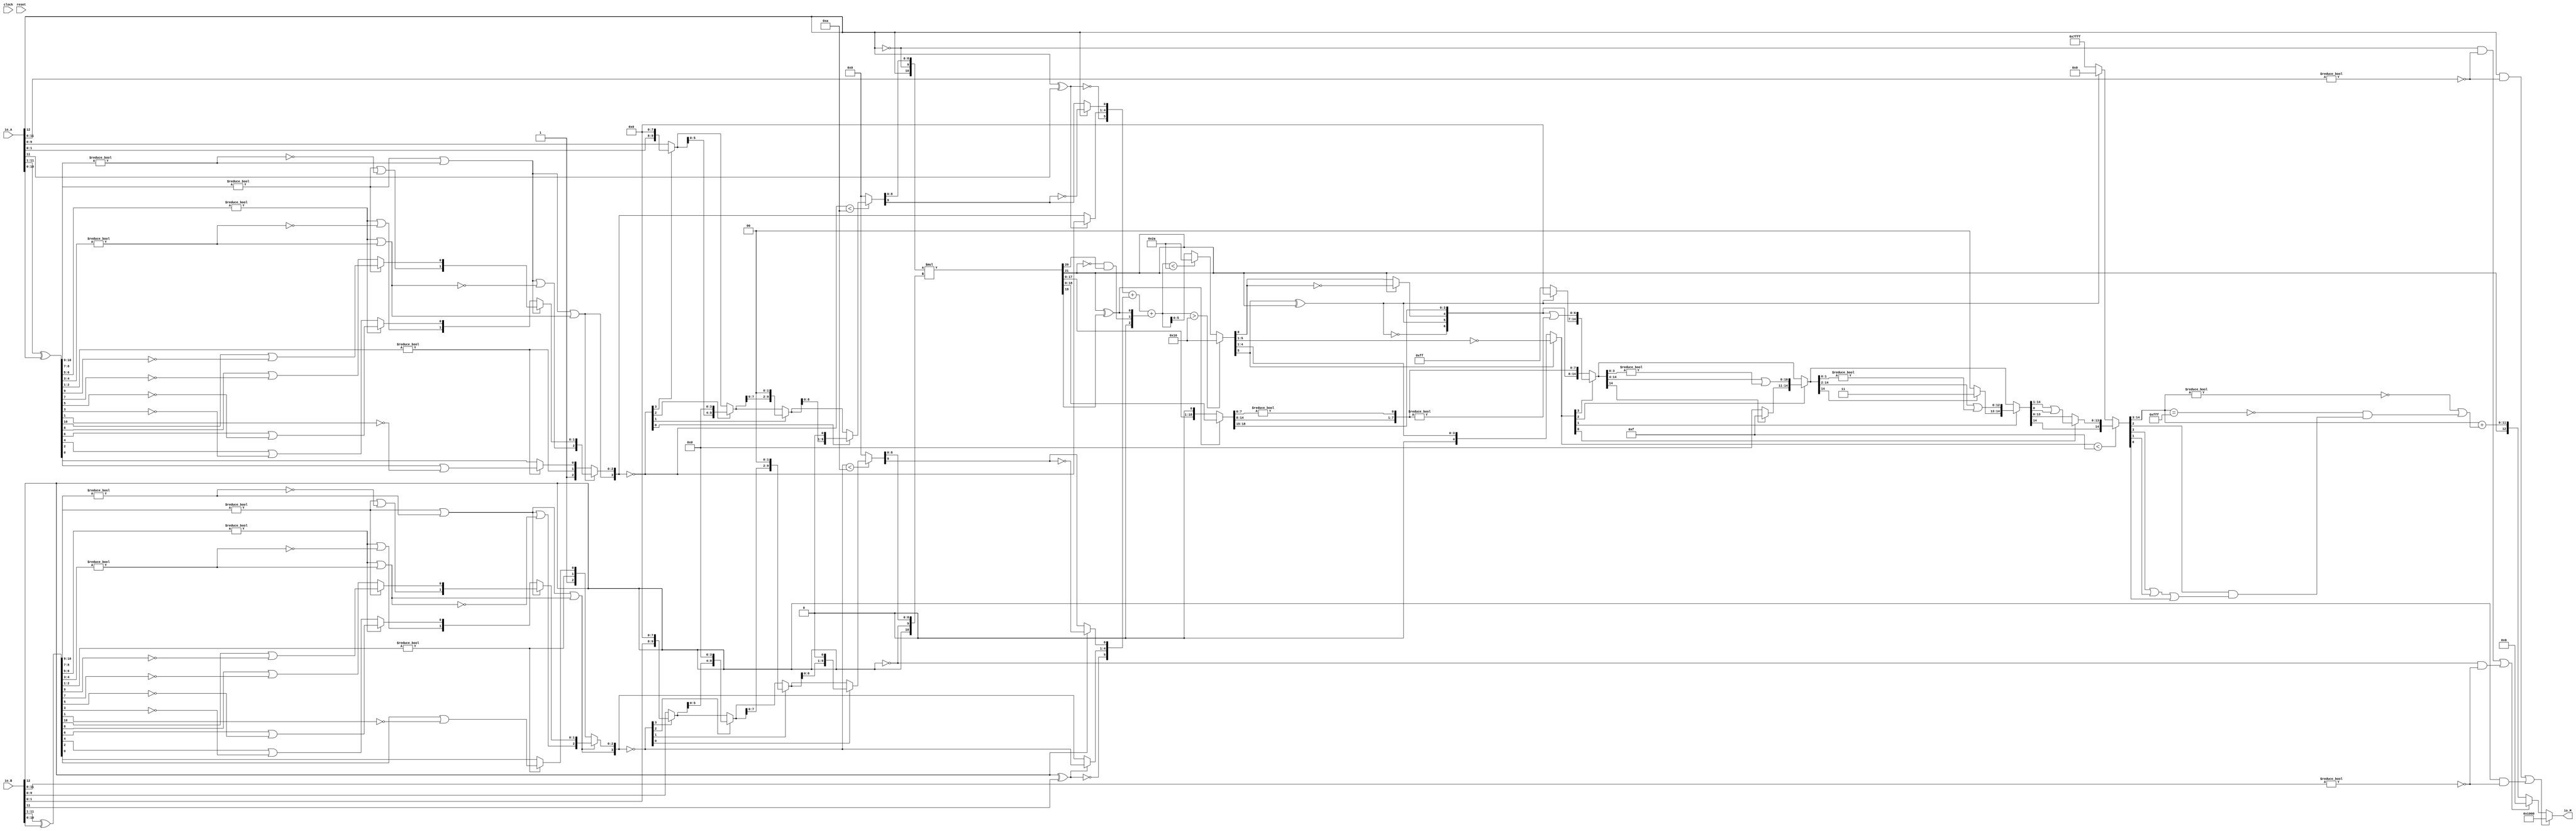
module PositMultiplier13_1(
  input         clock,
  input         reset,
  input  [12:0] io_A,
  input  [12:0] io_B,
  output [12:0] io_M
);
  wire  _T_1; // @[convert.scala 18:24]
  wire  _T_2; // @[convert.scala 18:40]
  wire  _T_3; // @[convert.scala 18:36]
  wire [10:0] _T_4; // @[convert.scala 19:24]
  wire [10:0] _T_5; // @[convert.scala 19:43]
  wire [10:0] _T_6; // @[convert.scala 19:39]
  wire [7:0] _T_7; // @[LZD.scala 43:32]
  wire [3:0] _T_8; // @[LZD.scala 43:32]
  wire [1:0] _T_9; // @[LZD.scala 43:32]
  wire  _T_10; // @[LZD.scala 39:14]
  wire  _T_11; // @[LZD.scala 39:21]
  wire  _T_12; // @[LZD.scala 39:30]
  wire  _T_13; // @[LZD.scala 39:27]
  wire  _T_14; // @[LZD.scala 39:25]
  wire [1:0] _T_15; // @[Cat.scala 29:58]
  wire [1:0] _T_16; // @[LZD.scala 44:32]
  wire  _T_17; // @[LZD.scala 39:14]
  wire  _T_18; // @[LZD.scala 39:21]
  wire  _T_19; // @[LZD.scala 39:30]
  wire  _T_20; // @[LZD.scala 39:27]
  wire  _T_21; // @[LZD.scala 39:25]
  wire [1:0] _T_22; // @[Cat.scala 29:58]
  wire  _T_23; // @[Shift.scala 12:21]
  wire  _T_24; // @[Shift.scala 12:21]
  wire  _T_25; // @[LZD.scala 49:16]
  wire  _T_26; // @[LZD.scala 49:27]
  wire  _T_27; // @[LZD.scala 49:25]
  wire  _T_28; // @[LZD.scala 49:47]
  wire  _T_29; // @[LZD.scala 49:59]
  wire  _T_30; // @[LZD.scala 49:35]
  wire [2:0] _T_32; // @[Cat.scala 29:58]
  wire [3:0] _T_33; // @[LZD.scala 44:32]
  wire [1:0] _T_34; // @[LZD.scala 43:32]
  wire  _T_35; // @[LZD.scala 39:14]
  wire  _T_36; // @[LZD.scala 39:21]
  wire  _T_37; // @[LZD.scala 39:30]
  wire  _T_38; // @[LZD.scala 39:27]
  wire  _T_39; // @[LZD.scala 39:25]
  wire [1:0] _T_40; // @[Cat.scala 29:58]
  wire [1:0] _T_41; // @[LZD.scala 44:32]
  wire  _T_42; // @[LZD.scala 39:14]
  wire  _T_43; // @[LZD.scala 39:21]
  wire  _T_44; // @[LZD.scala 39:30]
  wire  _T_45; // @[LZD.scala 39:27]
  wire  _T_46; // @[LZD.scala 39:25]
  wire [1:0] _T_47; // @[Cat.scala 29:58]
  wire  _T_48; // @[Shift.scala 12:21]
  wire  _T_49; // @[Shift.scala 12:21]
  wire  _T_50; // @[LZD.scala 49:16]
  wire  _T_51; // @[LZD.scala 49:27]
  wire  _T_52; // @[LZD.scala 49:25]
  wire  _T_53; // @[LZD.scala 49:47]
  wire  _T_54; // @[LZD.scala 49:59]
  wire  _T_55; // @[LZD.scala 49:35]
  wire [2:0] _T_57; // @[Cat.scala 29:58]
  wire  _T_58; // @[Shift.scala 12:21]
  wire  _T_59; // @[Shift.scala 12:21]
  wire  _T_60; // @[LZD.scala 49:16]
  wire  _T_61; // @[LZD.scala 49:27]
  wire  _T_62; // @[LZD.scala 49:25]
  wire [1:0] _T_63; // @[LZD.scala 49:47]
  wire [1:0] _T_64; // @[LZD.scala 49:59]
  wire [1:0] _T_65; // @[LZD.scala 49:35]
  wire [3:0] _T_67; // @[Cat.scala 29:58]
  wire [2:0] _T_68; // @[LZD.scala 44:32]
  wire [1:0] _T_69; // @[LZD.scala 43:32]
  wire  _T_70; // @[LZD.scala 39:14]
  wire  _T_71; // @[LZD.scala 39:21]
  wire  _T_72; // @[LZD.scala 39:30]
  wire  _T_73; // @[LZD.scala 39:27]
  wire  _T_74; // @[LZD.scala 39:25]
  wire [1:0] _T_75; // @[Cat.scala 29:58]
  wire  _T_76; // @[LZD.scala 44:32]
  wire  _T_78; // @[Shift.scala 12:21]
  wire  _T_80; // @[LZD.scala 55:32]
  wire  _T_81; // @[LZD.scala 55:20]
  wire  _T_83; // @[Shift.scala 12:21]
  wire [2:0] _T_85; // @[Cat.scala 29:58]
  wire [2:0] _T_86; // @[LZD.scala 55:32]
  wire [2:0] _T_87; // @[LZD.scala 55:20]
  wire [3:0] _T_88; // @[Cat.scala 29:58]
  wire [3:0] _T_89; // @[convert.scala 21:22]
  wire [9:0] _T_90; // @[convert.scala 22:36]
  wire  _T_91; // @[Shift.scala 16:24]
  wire  _T_93; // @[Shift.scala 12:21]
  wire [1:0] _T_94; // @[Shift.scala 64:52]
  wire [9:0] _T_96; // @[Cat.scala 29:58]
  wire [9:0] _T_97; // @[Shift.scala 64:27]
  wire [2:0] _T_98; // @[Shift.scala 66:70]
  wire  _T_99; // @[Shift.scala 12:21]
  wire [5:0] _T_100; // @[Shift.scala 64:52]
  wire [9:0] _T_102; // @[Cat.scala 29:58]
  wire [9:0] _T_103; // @[Shift.scala 64:27]
  wire [1:0] _T_104; // @[Shift.scala 66:70]
  wire  _T_105; // @[Shift.scala 12:21]
  wire [7:0] _T_106; // @[Shift.scala 64:52]
  wire [9:0] _T_108; // @[Cat.scala 29:58]
  wire [9:0] _T_109; // @[Shift.scala 64:27]
  wire  _T_110; // @[Shift.scala 66:70]
  wire [8:0] _T_112; // @[Shift.scala 64:52]
  wire [9:0] _T_113; // @[Cat.scala 29:58]
  wire [9:0] _T_114; // @[Shift.scala 64:27]
  wire [9:0] _T_115; // @[Shift.scala 16:10]
  wire  _T_116; // @[convert.scala 23:34]
  wire [8:0] decA_fraction; // @[convert.scala 24:34]
  wire  _T_118; // @[convert.scala 25:26]
  wire [3:0] _T_120; // @[convert.scala 25:42]
  wire  _T_123; // @[convert.scala 26:67]
  wire  _T_124; // @[convert.scala 26:51]
  wire [5:0] _T_125; // @[Cat.scala 29:58]
  wire [11:0] _T_127; // @[convert.scala 29:56]
  wire  _T_128; // @[convert.scala 29:60]
  wire  _T_129; // @[convert.scala 29:41]
  wire  decA_isNaR; // @[convert.scala 29:39]
  wire  _T_132; // @[convert.scala 30:19]
  wire  decA_isZero; // @[convert.scala 30:41]
  wire [5:0] decA_scale; // @[convert.scala 32:24]
  wire  _T_141; // @[convert.scala 18:24]
  wire  _T_142; // @[convert.scala 18:40]
  wire  _T_143; // @[convert.scala 18:36]
  wire [10:0] _T_144; // @[convert.scala 19:24]
  wire [10:0] _T_145; // @[convert.scala 19:43]
  wire [10:0] _T_146; // @[convert.scala 19:39]
  wire [7:0] _T_147; // @[LZD.scala 43:32]
  wire [3:0] _T_148; // @[LZD.scala 43:32]
  wire [1:0] _T_149; // @[LZD.scala 43:32]
  wire  _T_150; // @[LZD.scala 39:14]
  wire  _T_151; // @[LZD.scala 39:21]
  wire  _T_152; // @[LZD.scala 39:30]
  wire  _T_153; // @[LZD.scala 39:27]
  wire  _T_154; // @[LZD.scala 39:25]
  wire [1:0] _T_155; // @[Cat.scala 29:58]
  wire [1:0] _T_156; // @[LZD.scala 44:32]
  wire  _T_157; // @[LZD.scala 39:14]
  wire  _T_158; // @[LZD.scala 39:21]
  wire  _T_159; // @[LZD.scala 39:30]
  wire  _T_160; // @[LZD.scala 39:27]
  wire  _T_161; // @[LZD.scala 39:25]
  wire [1:0] _T_162; // @[Cat.scala 29:58]
  wire  _T_163; // @[Shift.scala 12:21]
  wire  _T_164; // @[Shift.scala 12:21]
  wire  _T_165; // @[LZD.scala 49:16]
  wire  _T_166; // @[LZD.scala 49:27]
  wire  _T_167; // @[LZD.scala 49:25]
  wire  _T_168; // @[LZD.scala 49:47]
  wire  _T_169; // @[LZD.scala 49:59]
  wire  _T_170; // @[LZD.scala 49:35]
  wire [2:0] _T_172; // @[Cat.scala 29:58]
  wire [3:0] _T_173; // @[LZD.scala 44:32]
  wire [1:0] _T_174; // @[LZD.scala 43:32]
  wire  _T_175; // @[LZD.scala 39:14]
  wire  _T_176; // @[LZD.scala 39:21]
  wire  _T_177; // @[LZD.scala 39:30]
  wire  _T_178; // @[LZD.scala 39:27]
  wire  _T_179; // @[LZD.scala 39:25]
  wire [1:0] _T_180; // @[Cat.scala 29:58]
  wire [1:0] _T_181; // @[LZD.scala 44:32]
  wire  _T_182; // @[LZD.scala 39:14]
  wire  _T_183; // @[LZD.scala 39:21]
  wire  _T_184; // @[LZD.scala 39:30]
  wire  _T_185; // @[LZD.scala 39:27]
  wire  _T_186; // @[LZD.scala 39:25]
  wire [1:0] _T_187; // @[Cat.scala 29:58]
  wire  _T_188; // @[Shift.scala 12:21]
  wire  _T_189; // @[Shift.scala 12:21]
  wire  _T_190; // @[LZD.scala 49:16]
  wire  _T_191; // @[LZD.scala 49:27]
  wire  _T_192; // @[LZD.scala 49:25]
  wire  _T_193; // @[LZD.scala 49:47]
  wire  _T_194; // @[LZD.scala 49:59]
  wire  _T_195; // @[LZD.scala 49:35]
  wire [2:0] _T_197; // @[Cat.scala 29:58]
  wire  _T_198; // @[Shift.scala 12:21]
  wire  _T_199; // @[Shift.scala 12:21]
  wire  _T_200; // @[LZD.scala 49:16]
  wire  _T_201; // @[LZD.scala 49:27]
  wire  _T_202; // @[LZD.scala 49:25]
  wire [1:0] _T_203; // @[LZD.scala 49:47]
  wire [1:0] _T_204; // @[LZD.scala 49:59]
  wire [1:0] _T_205; // @[LZD.scala 49:35]
  wire [3:0] _T_207; // @[Cat.scala 29:58]
  wire [2:0] _T_208; // @[LZD.scala 44:32]
  wire [1:0] _T_209; // @[LZD.scala 43:32]
  wire  _T_210; // @[LZD.scala 39:14]
  wire  _T_211; // @[LZD.scala 39:21]
  wire  _T_212; // @[LZD.scala 39:30]
  wire  _T_213; // @[LZD.scala 39:27]
  wire  _T_214; // @[LZD.scala 39:25]
  wire [1:0] _T_215; // @[Cat.scala 29:58]
  wire  _T_216; // @[LZD.scala 44:32]
  wire  _T_218; // @[Shift.scala 12:21]
  wire  _T_220; // @[LZD.scala 55:32]
  wire  _T_221; // @[LZD.scala 55:20]
  wire  _T_223; // @[Shift.scala 12:21]
  wire [2:0] _T_225; // @[Cat.scala 29:58]
  wire [2:0] _T_226; // @[LZD.scala 55:32]
  wire [2:0] _T_227; // @[LZD.scala 55:20]
  wire [3:0] _T_228; // @[Cat.scala 29:58]
  wire [3:0] _T_229; // @[convert.scala 21:22]
  wire [9:0] _T_230; // @[convert.scala 22:36]
  wire  _T_231; // @[Shift.scala 16:24]
  wire  _T_233; // @[Shift.scala 12:21]
  wire [1:0] _T_234; // @[Shift.scala 64:52]
  wire [9:0] _T_236; // @[Cat.scala 29:58]
  wire [9:0] _T_237; // @[Shift.scala 64:27]
  wire [2:0] _T_238; // @[Shift.scala 66:70]
  wire  _T_239; // @[Shift.scala 12:21]
  wire [5:0] _T_240; // @[Shift.scala 64:52]
  wire [9:0] _T_242; // @[Cat.scala 29:58]
  wire [9:0] _T_243; // @[Shift.scala 64:27]
  wire [1:0] _T_244; // @[Shift.scala 66:70]
  wire  _T_245; // @[Shift.scala 12:21]
  wire [7:0] _T_246; // @[Shift.scala 64:52]
  wire [9:0] _T_248; // @[Cat.scala 29:58]
  wire [9:0] _T_249; // @[Shift.scala 64:27]
  wire  _T_250; // @[Shift.scala 66:70]
  wire [8:0] _T_252; // @[Shift.scala 64:52]
  wire [9:0] _T_253; // @[Cat.scala 29:58]
  wire [9:0] _T_254; // @[Shift.scala 64:27]
  wire [9:0] _T_255; // @[Shift.scala 16:10]
  wire  _T_256; // @[convert.scala 23:34]
  wire [8:0] decB_fraction; // @[convert.scala 24:34]
  wire  _T_258; // @[convert.scala 25:26]
  wire [3:0] _T_260; // @[convert.scala 25:42]
  wire  _T_263; // @[convert.scala 26:67]
  wire  _T_264; // @[convert.scala 26:51]
  wire [5:0] _T_265; // @[Cat.scala 29:58]
  wire [11:0] _T_267; // @[convert.scala 29:56]
  wire  _T_268; // @[convert.scala 29:60]
  wire  _T_269; // @[convert.scala 29:41]
  wire  decB_isNaR; // @[convert.scala 29:39]
  wire  _T_272; // @[convert.scala 30:19]
  wire  decB_isZero; // @[convert.scala 30:41]
  wire [5:0] decB_scale; // @[convert.scala 32:24]
  wire  _T_280; // @[PositMultiplier.scala 43:34]
  wire [10:0] _T_282; // @[Cat.scala 29:58]
  wire [10:0] sigA; // @[PositMultiplier.scala 43:61]
  wire  _T_283; // @[PositMultiplier.scala 44:34]
  wire [10:0] _T_285; // @[Cat.scala 29:58]
  wire [10:0] sigB; // @[PositMultiplier.scala 44:61]
  wire [21:0] _T_286; // @[PositMultiplier.scala 45:25]
  wire [21:0] sigP; // @[PositMultiplier.scala 45:33]
  wire [1:0] head2; // @[PositMultiplier.scala 46:28]
  wire  _T_287; // @[PositMultiplier.scala 47:31]
  wire  _T_288; // @[PositMultiplier.scala 47:25]
  wire  _T_289; // @[PositMultiplier.scala 47:42]
  wire  addTwo; // @[PositMultiplier.scala 47:35]
  wire  _T_290; // @[PositMultiplier.scala 49:23]
  wire  _T_291; // @[PositMultiplier.scala 49:49]
  wire  addOne; // @[PositMultiplier.scala 49:43]
  wire [1:0] _T_292; // @[Cat.scala 29:58]
  wire [2:0] expBias; // @[PositMultiplier.scala 50:39]
  wire [18:0] _T_293; // @[PositMultiplier.scala 53:81]
  wire [17:0] _T_294; // @[PositMultiplier.scala 54:81]
  wire [18:0] _T_295; // @[PositMultiplier.scala 54:104]
  wire [18:0] frac; // @[PositMultiplier.scala 51:22]
  wire [6:0] _T_296; // @[PositMultiplier.scala 56:30]
  wire [6:0] _GEN_0; // @[PositMultiplier.scala 56:44]
  wire [6:0] _T_298; // @[PositMultiplier.scala 56:44]
  wire [6:0] mulScale; // @[PositMultiplier.scala 56:44]
  wire  underflow; // @[PositMultiplier.scala 57:28]
  wire  overflow; // @[PositMultiplier.scala 58:28]
  wire  decM_sign; // @[PositMultiplier.scala 62:29]
  wire [6:0] _T_301; // @[Mux.scala 87:16]
  wire [6:0] _T_302; // @[Mux.scala 87:16]
  wire [8:0] decM_fraction; // @[PositMultiplier.scala 70:29]
  wire  decM_isNaR; // @[PositMultiplier.scala 71:31]
  wire  decM_isZero; // @[PositMultiplier.scala 72:32]
  wire [9:0] grsTmp; // @[PositMultiplier.scala 75:30]
  wire [1:0] _T_306; // @[PositMultiplier.scala 78:32]
  wire [7:0] _T_307; // @[PositMultiplier.scala 78:48]
  wire  _T_308; // @[PositMultiplier.scala 78:52]
  wire [5:0] _GEN_1; // @[PositMultiplier.scala 60:23 PositMultiplier.scala 63:17]
  wire [5:0] decM_scale; // @[PositMultiplier.scala 60:23 PositMultiplier.scala 63:17]
  wire  _T_311; // @[convert.scala 46:61]
  wire  _T_312; // @[convert.scala 46:52]
  wire  _T_314; // @[convert.scala 46:42]
  wire [4:0] _T_315; // @[convert.scala 48:34]
  wire  _T_316; // @[convert.scala 49:36]
  wire [4:0] _T_318; // @[convert.scala 50:36]
  wire [4:0] _T_319; // @[convert.scala 50:36]
  wire [4:0] _T_320; // @[convert.scala 50:28]
  wire  _T_321; // @[convert.scala 51:31]
  wire  _T_322; // @[convert.scala 52:43]
  wire [14:0] _T_326; // @[Cat.scala 29:58]
  wire [4:0] _T_327; // @[Shift.scala 39:17]
  wire  _T_328; // @[Shift.scala 39:24]
  wire [3:0] _T_329; // @[Shift.scala 40:44]
  wire [6:0] _T_330; // @[Shift.scala 90:30]
  wire [7:0] _T_331; // @[Shift.scala 90:48]
  wire  _T_332; // @[Shift.scala 90:57]
  wire [6:0] _GEN_2; // @[Shift.scala 90:39]
  wire [6:0] _T_333; // @[Shift.scala 90:39]
  wire  _T_334; // @[Shift.scala 12:21]
  wire  _T_335; // @[Shift.scala 12:21]
  wire [7:0] _T_337; // @[Bitwise.scala 71:12]
  wire [14:0] _T_338; // @[Cat.scala 29:58]
  wire [14:0] _T_339; // @[Shift.scala 91:22]
  wire [2:0] _T_340; // @[Shift.scala 92:77]
  wire [10:0] _T_341; // @[Shift.scala 90:30]
  wire [3:0] _T_342; // @[Shift.scala 90:48]
  wire  _T_343; // @[Shift.scala 90:57]
  wire [10:0] _GEN_3; // @[Shift.scala 90:39]
  wire [10:0] _T_344; // @[Shift.scala 90:39]
  wire  _T_345; // @[Shift.scala 12:21]
  wire  _T_346; // @[Shift.scala 12:21]
  wire [3:0] _T_348; // @[Bitwise.scala 71:12]
  wire [14:0] _T_349; // @[Cat.scala 29:58]
  wire [14:0] _T_350; // @[Shift.scala 91:22]
  wire [1:0] _T_351; // @[Shift.scala 92:77]
  wire [12:0] _T_352; // @[Shift.scala 90:30]
  wire [1:0] _T_353; // @[Shift.scala 90:48]
  wire  _T_354; // @[Shift.scala 90:57]
  wire [12:0] _GEN_4; // @[Shift.scala 90:39]
  wire [12:0] _T_355; // @[Shift.scala 90:39]
  wire  _T_356; // @[Shift.scala 12:21]
  wire  _T_357; // @[Shift.scala 12:21]
  wire [1:0] _T_359; // @[Bitwise.scala 71:12]
  wire [14:0] _T_360; // @[Cat.scala 29:58]
  wire [14:0] _T_361; // @[Shift.scala 91:22]
  wire  _T_362; // @[Shift.scala 92:77]
  wire [13:0] _T_363; // @[Shift.scala 90:30]
  wire  _T_364; // @[Shift.scala 90:48]
  wire [13:0] _GEN_5; // @[Shift.scala 90:39]
  wire [13:0] _T_366; // @[Shift.scala 90:39]
  wire  _T_368; // @[Shift.scala 12:21]
  wire [14:0] _T_369; // @[Cat.scala 29:58]
  wire [14:0] _T_370; // @[Shift.scala 91:22]
  wire [14:0] _T_373; // @[Bitwise.scala 71:12]
  wire [14:0] _T_374; // @[Shift.scala 39:10]
  wire  _T_375; // @[convert.scala 55:31]
  wire  _T_376; // @[convert.scala 56:31]
  wire  _T_377; // @[convert.scala 57:31]
  wire  _T_378; // @[convert.scala 58:31]
  wire [11:0] _T_379; // @[convert.scala 59:69]
  wire  _T_380; // @[convert.scala 59:81]
  wire  _T_381; // @[convert.scala 59:50]
  wire  _T_383; // @[convert.scala 60:81]
  wire  _T_384; // @[convert.scala 61:44]
  wire  _T_385; // @[convert.scala 61:52]
  wire  _T_386; // @[convert.scala 61:36]
  wire  _T_387; // @[convert.scala 62:63]
  wire  _T_388; // @[convert.scala 62:103]
  wire  _T_389; // @[convert.scala 62:60]
  wire [11:0] _GEN_6; // @[convert.scala 63:56]
  wire [11:0] _T_392; // @[convert.scala 63:56]
  wire [12:0] _T_393; // @[Cat.scala 29:58]
  wire [12:0] _T_395; // @[Mux.scala 87:16]
  assign _T_1 = io_A[12]; // @[convert.scala 18:24]
  assign _T_2 = io_A[11]; // @[convert.scala 18:40]
  assign _T_3 = _T_1 ^ _T_2; // @[convert.scala 18:36]
  assign _T_4 = io_A[11:1]; // @[convert.scala 19:24]
  assign _T_5 = io_A[10:0]; // @[convert.scala 19:43]
  assign _T_6 = _T_4 ^ _T_5; // @[convert.scala 19:39]
  assign _T_7 = _T_6[10:3]; // @[LZD.scala 43:32]
  assign _T_8 = _T_7[7:4]; // @[LZD.scala 43:32]
  assign _T_9 = _T_8[3:2]; // @[LZD.scala 43:32]
  assign _T_10 = _T_9 != 2'h0; // @[LZD.scala 39:14]
  assign _T_11 = _T_9[1]; // @[LZD.scala 39:21]
  assign _T_12 = _T_9[0]; // @[LZD.scala 39:30]
  assign _T_13 = ~ _T_12; // @[LZD.scala 39:27]
  assign _T_14 = _T_11 | _T_13; // @[LZD.scala 39:25]
  assign _T_15 = {_T_10,_T_14}; // @[Cat.scala 29:58]
  assign _T_16 = _T_8[1:0]; // @[LZD.scala 44:32]
  assign _T_17 = _T_16 != 2'h0; // @[LZD.scala 39:14]
  assign _T_18 = _T_16[1]; // @[LZD.scala 39:21]
  assign _T_19 = _T_16[0]; // @[LZD.scala 39:30]
  assign _T_20 = ~ _T_19; // @[LZD.scala 39:27]
  assign _T_21 = _T_18 | _T_20; // @[LZD.scala 39:25]
  assign _T_22 = {_T_17,_T_21}; // @[Cat.scala 29:58]
  assign _T_23 = _T_15[1]; // @[Shift.scala 12:21]
  assign _T_24 = _T_22[1]; // @[Shift.scala 12:21]
  assign _T_25 = _T_23 | _T_24; // @[LZD.scala 49:16]
  assign _T_26 = ~ _T_24; // @[LZD.scala 49:27]
  assign _T_27 = _T_23 | _T_26; // @[LZD.scala 49:25]
  assign _T_28 = _T_15[0:0]; // @[LZD.scala 49:47]
  assign _T_29 = _T_22[0:0]; // @[LZD.scala 49:59]
  assign _T_30 = _T_23 ? _T_28 : _T_29; // @[LZD.scala 49:35]
  assign _T_32 = {_T_25,_T_27,_T_30}; // @[Cat.scala 29:58]
  assign _T_33 = _T_7[3:0]; // @[LZD.scala 44:32]
  assign _T_34 = _T_33[3:2]; // @[LZD.scala 43:32]
  assign _T_35 = _T_34 != 2'h0; // @[LZD.scala 39:14]
  assign _T_36 = _T_34[1]; // @[LZD.scala 39:21]
  assign _T_37 = _T_34[0]; // @[LZD.scala 39:30]
  assign _T_38 = ~ _T_37; // @[LZD.scala 39:27]
  assign _T_39 = _T_36 | _T_38; // @[LZD.scala 39:25]
  assign _T_40 = {_T_35,_T_39}; // @[Cat.scala 29:58]
  assign _T_41 = _T_33[1:0]; // @[LZD.scala 44:32]
  assign _T_42 = _T_41 != 2'h0; // @[LZD.scala 39:14]
  assign _T_43 = _T_41[1]; // @[LZD.scala 39:21]
  assign _T_44 = _T_41[0]; // @[LZD.scala 39:30]
  assign _T_45 = ~ _T_44; // @[LZD.scala 39:27]
  assign _T_46 = _T_43 | _T_45; // @[LZD.scala 39:25]
  assign _T_47 = {_T_42,_T_46}; // @[Cat.scala 29:58]
  assign _T_48 = _T_40[1]; // @[Shift.scala 12:21]
  assign _T_49 = _T_47[1]; // @[Shift.scala 12:21]
  assign _T_50 = _T_48 | _T_49; // @[LZD.scala 49:16]
  assign _T_51 = ~ _T_49; // @[LZD.scala 49:27]
  assign _T_52 = _T_48 | _T_51; // @[LZD.scala 49:25]
  assign _T_53 = _T_40[0:0]; // @[LZD.scala 49:47]
  assign _T_54 = _T_47[0:0]; // @[LZD.scala 49:59]
  assign _T_55 = _T_48 ? _T_53 : _T_54; // @[LZD.scala 49:35]
  assign _T_57 = {_T_50,_T_52,_T_55}; // @[Cat.scala 29:58]
  assign _T_58 = _T_32[2]; // @[Shift.scala 12:21]
  assign _T_59 = _T_57[2]; // @[Shift.scala 12:21]
  assign _T_60 = _T_58 | _T_59; // @[LZD.scala 49:16]
  assign _T_61 = ~ _T_59; // @[LZD.scala 49:27]
  assign _T_62 = _T_58 | _T_61; // @[LZD.scala 49:25]
  assign _T_63 = _T_32[1:0]; // @[LZD.scala 49:47]
  assign _T_64 = _T_57[1:0]; // @[LZD.scala 49:59]
  assign _T_65 = _T_58 ? _T_63 : _T_64; // @[LZD.scala 49:35]
  assign _T_67 = {_T_60,_T_62,_T_65}; // @[Cat.scala 29:58]
  assign _T_68 = _T_6[2:0]; // @[LZD.scala 44:32]
  assign _T_69 = _T_68[2:1]; // @[LZD.scala 43:32]
  assign _T_70 = _T_69 != 2'h0; // @[LZD.scala 39:14]
  assign _T_71 = _T_69[1]; // @[LZD.scala 39:21]
  assign _T_72 = _T_69[0]; // @[LZD.scala 39:30]
  assign _T_73 = ~ _T_72; // @[LZD.scala 39:27]
  assign _T_74 = _T_71 | _T_73; // @[LZD.scala 39:25]
  assign _T_75 = {_T_70,_T_74}; // @[Cat.scala 29:58]
  assign _T_76 = _T_68[0:0]; // @[LZD.scala 44:32]
  assign _T_78 = _T_75[1]; // @[Shift.scala 12:21]
  assign _T_80 = _T_75[0:0]; // @[LZD.scala 55:32]
  assign _T_81 = _T_78 ? _T_80 : _T_76; // @[LZD.scala 55:20]
  assign _T_83 = _T_67[3]; // @[Shift.scala 12:21]
  assign _T_85 = {1'h1,_T_78,_T_81}; // @[Cat.scala 29:58]
  assign _T_86 = _T_67[2:0]; // @[LZD.scala 55:32]
  assign _T_87 = _T_83 ? _T_86 : _T_85; // @[LZD.scala 55:20]
  assign _T_88 = {_T_83,_T_87}; // @[Cat.scala 29:58]
  assign _T_89 = ~ _T_88; // @[convert.scala 21:22]
  assign _T_90 = io_A[9:0]; // @[convert.scala 22:36]
  assign _T_91 = _T_89 < 4'ha; // @[Shift.scala 16:24]
  assign _T_93 = _T_89[3]; // @[Shift.scala 12:21]
  assign _T_94 = _T_90[1:0]; // @[Shift.scala 64:52]
  assign _T_96 = {_T_94,8'h0}; // @[Cat.scala 29:58]
  assign _T_97 = _T_93 ? _T_96 : _T_90; // @[Shift.scala 64:27]
  assign _T_98 = _T_89[2:0]; // @[Shift.scala 66:70]
  assign _T_99 = _T_98[2]; // @[Shift.scala 12:21]
  assign _T_100 = _T_97[5:0]; // @[Shift.scala 64:52]
  assign _T_102 = {_T_100,4'h0}; // @[Cat.scala 29:58]
  assign _T_103 = _T_99 ? _T_102 : _T_97; // @[Shift.scala 64:27]
  assign _T_104 = _T_98[1:0]; // @[Shift.scala 66:70]
  assign _T_105 = _T_104[1]; // @[Shift.scala 12:21]
  assign _T_106 = _T_103[7:0]; // @[Shift.scala 64:52]
  assign _T_108 = {_T_106,2'h0}; // @[Cat.scala 29:58]
  assign _T_109 = _T_105 ? _T_108 : _T_103; // @[Shift.scala 64:27]
  assign _T_110 = _T_104[0:0]; // @[Shift.scala 66:70]
  assign _T_112 = _T_109[8:0]; // @[Shift.scala 64:52]
  assign _T_113 = {_T_112,1'h0}; // @[Cat.scala 29:58]
  assign _T_114 = _T_110 ? _T_113 : _T_109; // @[Shift.scala 64:27]
  assign _T_115 = _T_91 ? _T_114 : 10'h0; // @[Shift.scala 16:10]
  assign _T_116 = _T_115[9:9]; // @[convert.scala 23:34]
  assign decA_fraction = _T_115[8:0]; // @[convert.scala 24:34]
  assign _T_118 = _T_3 == 1'h0; // @[convert.scala 25:26]
  assign _T_120 = _T_3 ? _T_89 : _T_88; // @[convert.scala 25:42]
  assign _T_123 = ~ _T_116; // @[convert.scala 26:67]
  assign _T_124 = _T_1 ? _T_123 : _T_116; // @[convert.scala 26:51]
  assign _T_125 = {_T_118,_T_120,_T_124}; // @[Cat.scala 29:58]
  assign _T_127 = io_A[11:0]; // @[convert.scala 29:56]
  assign _T_128 = _T_127 != 12'h0; // @[convert.scala 29:60]
  assign _T_129 = ~ _T_128; // @[convert.scala 29:41]
  assign decA_isNaR = _T_1 & _T_129; // @[convert.scala 29:39]
  assign _T_132 = _T_1 == 1'h0; // @[convert.scala 30:19]
  assign decA_isZero = _T_132 & _T_129; // @[convert.scala 30:41]
  assign decA_scale = $signed(_T_125); // @[convert.scala 32:24]
  assign _T_141 = io_B[12]; // @[convert.scala 18:24]
  assign _T_142 = io_B[11]; // @[convert.scala 18:40]
  assign _T_143 = _T_141 ^ _T_142; // @[convert.scala 18:36]
  assign _T_144 = io_B[11:1]; // @[convert.scala 19:24]
  assign _T_145 = io_B[10:0]; // @[convert.scala 19:43]
  assign _T_146 = _T_144 ^ _T_145; // @[convert.scala 19:39]
  assign _T_147 = _T_146[10:3]; // @[LZD.scala 43:32]
  assign _T_148 = _T_147[7:4]; // @[LZD.scala 43:32]
  assign _T_149 = _T_148[3:2]; // @[LZD.scala 43:32]
  assign _T_150 = _T_149 != 2'h0; // @[LZD.scala 39:14]
  assign _T_151 = _T_149[1]; // @[LZD.scala 39:21]
  assign _T_152 = _T_149[0]; // @[LZD.scala 39:30]
  assign _T_153 = ~ _T_152; // @[LZD.scala 39:27]
  assign _T_154 = _T_151 | _T_153; // @[LZD.scala 39:25]
  assign _T_155 = {_T_150,_T_154}; // @[Cat.scala 29:58]
  assign _T_156 = _T_148[1:0]; // @[LZD.scala 44:32]
  assign _T_157 = _T_156 != 2'h0; // @[LZD.scala 39:14]
  assign _T_158 = _T_156[1]; // @[LZD.scala 39:21]
  assign _T_159 = _T_156[0]; // @[LZD.scala 39:30]
  assign _T_160 = ~ _T_159; // @[LZD.scala 39:27]
  assign _T_161 = _T_158 | _T_160; // @[LZD.scala 39:25]
  assign _T_162 = {_T_157,_T_161}; // @[Cat.scala 29:58]
  assign _T_163 = _T_155[1]; // @[Shift.scala 12:21]
  assign _T_164 = _T_162[1]; // @[Shift.scala 12:21]
  assign _T_165 = _T_163 | _T_164; // @[LZD.scala 49:16]
  assign _T_166 = ~ _T_164; // @[LZD.scala 49:27]
  assign _T_167 = _T_163 | _T_166; // @[LZD.scala 49:25]
  assign _T_168 = _T_155[0:0]; // @[LZD.scala 49:47]
  assign _T_169 = _T_162[0:0]; // @[LZD.scala 49:59]
  assign _T_170 = _T_163 ? _T_168 : _T_169; // @[LZD.scala 49:35]
  assign _T_172 = {_T_165,_T_167,_T_170}; // @[Cat.scala 29:58]
  assign _T_173 = _T_147[3:0]; // @[LZD.scala 44:32]
  assign _T_174 = _T_173[3:2]; // @[LZD.scala 43:32]
  assign _T_175 = _T_174 != 2'h0; // @[LZD.scala 39:14]
  assign _T_176 = _T_174[1]; // @[LZD.scala 39:21]
  assign _T_177 = _T_174[0]; // @[LZD.scala 39:30]
  assign _T_178 = ~ _T_177; // @[LZD.scala 39:27]
  assign _T_179 = _T_176 | _T_178; // @[LZD.scala 39:25]
  assign _T_180 = {_T_175,_T_179}; // @[Cat.scala 29:58]
  assign _T_181 = _T_173[1:0]; // @[LZD.scala 44:32]
  assign _T_182 = _T_181 != 2'h0; // @[LZD.scala 39:14]
  assign _T_183 = _T_181[1]; // @[LZD.scala 39:21]
  assign _T_184 = _T_181[0]; // @[LZD.scala 39:30]
  assign _T_185 = ~ _T_184; // @[LZD.scala 39:27]
  assign _T_186 = _T_183 | _T_185; // @[LZD.scala 39:25]
  assign _T_187 = {_T_182,_T_186}; // @[Cat.scala 29:58]
  assign _T_188 = _T_180[1]; // @[Shift.scala 12:21]
  assign _T_189 = _T_187[1]; // @[Shift.scala 12:21]
  assign _T_190 = _T_188 | _T_189; // @[LZD.scala 49:16]
  assign _T_191 = ~ _T_189; // @[LZD.scala 49:27]
  assign _T_192 = _T_188 | _T_191; // @[LZD.scala 49:25]
  assign _T_193 = _T_180[0:0]; // @[LZD.scala 49:47]
  assign _T_194 = _T_187[0:0]; // @[LZD.scala 49:59]
  assign _T_195 = _T_188 ? _T_193 : _T_194; // @[LZD.scala 49:35]
  assign _T_197 = {_T_190,_T_192,_T_195}; // @[Cat.scala 29:58]
  assign _T_198 = _T_172[2]; // @[Shift.scala 12:21]
  assign _T_199 = _T_197[2]; // @[Shift.scala 12:21]
  assign _T_200 = _T_198 | _T_199; // @[LZD.scala 49:16]
  assign _T_201 = ~ _T_199; // @[LZD.scala 49:27]
  assign _T_202 = _T_198 | _T_201; // @[LZD.scala 49:25]
  assign _T_203 = _T_172[1:0]; // @[LZD.scala 49:47]
  assign _T_204 = _T_197[1:0]; // @[LZD.scala 49:59]
  assign _T_205 = _T_198 ? _T_203 : _T_204; // @[LZD.scala 49:35]
  assign _T_207 = {_T_200,_T_202,_T_205}; // @[Cat.scala 29:58]
  assign _T_208 = _T_146[2:0]; // @[LZD.scala 44:32]
  assign _T_209 = _T_208[2:1]; // @[LZD.scala 43:32]
  assign _T_210 = _T_209 != 2'h0; // @[LZD.scala 39:14]
  assign _T_211 = _T_209[1]; // @[LZD.scala 39:21]
  assign _T_212 = _T_209[0]; // @[LZD.scala 39:30]
  assign _T_213 = ~ _T_212; // @[LZD.scala 39:27]
  assign _T_214 = _T_211 | _T_213; // @[LZD.scala 39:25]
  assign _T_215 = {_T_210,_T_214}; // @[Cat.scala 29:58]
  assign _T_216 = _T_208[0:0]; // @[LZD.scala 44:32]
  assign _T_218 = _T_215[1]; // @[Shift.scala 12:21]
  assign _T_220 = _T_215[0:0]; // @[LZD.scala 55:32]
  assign _T_221 = _T_218 ? _T_220 : _T_216; // @[LZD.scala 55:20]
  assign _T_223 = _T_207[3]; // @[Shift.scala 12:21]
  assign _T_225 = {1'h1,_T_218,_T_221}; // @[Cat.scala 29:58]
  assign _T_226 = _T_207[2:0]; // @[LZD.scala 55:32]
  assign _T_227 = _T_223 ? _T_226 : _T_225; // @[LZD.scala 55:20]
  assign _T_228 = {_T_223,_T_227}; // @[Cat.scala 29:58]
  assign _T_229 = ~ _T_228; // @[convert.scala 21:22]
  assign _T_230 = io_B[9:0]; // @[convert.scala 22:36]
  assign _T_231 = _T_229 < 4'ha; // @[Shift.scala 16:24]
  assign _T_233 = _T_229[3]; // @[Shift.scala 12:21]
  assign _T_234 = _T_230[1:0]; // @[Shift.scala 64:52]
  assign _T_236 = {_T_234,8'h0}; // @[Cat.scala 29:58]
  assign _T_237 = _T_233 ? _T_236 : _T_230; // @[Shift.scala 64:27]
  assign _T_238 = _T_229[2:0]; // @[Shift.scala 66:70]
  assign _T_239 = _T_238[2]; // @[Shift.scala 12:21]
  assign _T_240 = _T_237[5:0]; // @[Shift.scala 64:52]
  assign _T_242 = {_T_240,4'h0}; // @[Cat.scala 29:58]
  assign _T_243 = _T_239 ? _T_242 : _T_237; // @[Shift.scala 64:27]
  assign _T_244 = _T_238[1:0]; // @[Shift.scala 66:70]
  assign _T_245 = _T_244[1]; // @[Shift.scala 12:21]
  assign _T_246 = _T_243[7:0]; // @[Shift.scala 64:52]
  assign _T_248 = {_T_246,2'h0}; // @[Cat.scala 29:58]
  assign _T_249 = _T_245 ? _T_248 : _T_243; // @[Shift.scala 64:27]
  assign _T_250 = _T_244[0:0]; // @[Shift.scala 66:70]
  assign _T_252 = _T_249[8:0]; // @[Shift.scala 64:52]
  assign _T_253 = {_T_252,1'h0}; // @[Cat.scala 29:58]
  assign _T_254 = _T_250 ? _T_253 : _T_249; // @[Shift.scala 64:27]
  assign _T_255 = _T_231 ? _T_254 : 10'h0; // @[Shift.scala 16:10]
  assign _T_256 = _T_255[9:9]; // @[convert.scala 23:34]
  assign decB_fraction = _T_255[8:0]; // @[convert.scala 24:34]
  assign _T_258 = _T_143 == 1'h0; // @[convert.scala 25:26]
  assign _T_260 = _T_143 ? _T_229 : _T_228; // @[convert.scala 25:42]
  assign _T_263 = ~ _T_256; // @[convert.scala 26:67]
  assign _T_264 = _T_141 ? _T_263 : _T_256; // @[convert.scala 26:51]
  assign _T_265 = {_T_258,_T_260,_T_264}; // @[Cat.scala 29:58]
  assign _T_267 = io_B[11:0]; // @[convert.scala 29:56]
  assign _T_268 = _T_267 != 12'h0; // @[convert.scala 29:60]
  assign _T_269 = ~ _T_268; // @[convert.scala 29:41]
  assign decB_isNaR = _T_141 & _T_269; // @[convert.scala 29:39]
  assign _T_272 = _T_141 == 1'h0; // @[convert.scala 30:19]
  assign decB_isZero = _T_272 & _T_269; // @[convert.scala 30:41]
  assign decB_scale = $signed(_T_265); // @[convert.scala 32:24]
  assign _T_280 = ~ _T_1; // @[PositMultiplier.scala 43:34]
  assign _T_282 = {_T_1,_T_280,decA_fraction}; // @[Cat.scala 29:58]
  assign sigA = $signed(_T_282); // @[PositMultiplier.scala 43:61]
  assign _T_283 = ~ _T_141; // @[PositMultiplier.scala 44:34]
  assign _T_285 = {_T_141,_T_283,decB_fraction}; // @[Cat.scala 29:58]
  assign sigB = $signed(_T_285); // @[PositMultiplier.scala 44:61]
  assign _T_286 = $signed(sigA) * $signed(sigB); // @[PositMultiplier.scala 45:25]
  assign sigP = $unsigned(_T_286); // @[PositMultiplier.scala 45:33]
  assign head2 = sigP[21:20]; // @[PositMultiplier.scala 46:28]
  assign _T_287 = head2[1]; // @[PositMultiplier.scala 47:31]
  assign _T_288 = ~ _T_287; // @[PositMultiplier.scala 47:25]
  assign _T_289 = head2[0]; // @[PositMultiplier.scala 47:42]
  assign addTwo = _T_288 & _T_289; // @[PositMultiplier.scala 47:35]
  assign _T_290 = sigP[21]; // @[PositMultiplier.scala 49:23]
  assign _T_291 = sigP[19]; // @[PositMultiplier.scala 49:49]
  assign addOne = _T_290 ^ _T_291; // @[PositMultiplier.scala 49:43]
  assign _T_292 = {addTwo,addOne}; // @[Cat.scala 29:58]
  assign expBias = {1'b0,$signed(_T_292)}; // @[PositMultiplier.scala 50:39]
  assign _T_293 = sigP[18:0]; // @[PositMultiplier.scala 53:81]
  assign _T_294 = sigP[17:0]; // @[PositMultiplier.scala 54:81]
  assign _T_295 = {_T_294, 1'h0}; // @[PositMultiplier.scala 54:104]
  assign frac = addOne ? _T_293 : _T_295; // @[PositMultiplier.scala 51:22]
  assign _T_296 = $signed(decA_scale) + $signed(decB_scale); // @[PositMultiplier.scala 56:30]
  assign _GEN_0 = {{4{expBias[2]}},expBias}; // @[PositMultiplier.scala 56:44]
  assign _T_298 = $signed(_T_296) + $signed(_GEN_0); // @[PositMultiplier.scala 56:44]
  assign mulScale = $signed(_T_298); // @[PositMultiplier.scala 56:44]
  assign underflow = $signed(mulScale) < $signed(-7'sh16); // @[PositMultiplier.scala 57:28]
  assign overflow = $signed(mulScale) > $signed(7'sh16); // @[PositMultiplier.scala 58:28]
  assign decM_sign = sigP[21:21]; // @[PositMultiplier.scala 62:29]
  assign _T_301 = underflow ? $signed(-7'sh16) : $signed(mulScale); // @[Mux.scala 87:16]
  assign _T_302 = overflow ? $signed(7'sh16) : $signed(_T_301); // @[Mux.scala 87:16]
  assign decM_fraction = frac[18:10]; // @[PositMultiplier.scala 70:29]
  assign decM_isNaR = decA_isNaR | decB_isNaR; // @[PositMultiplier.scala 71:31]
  assign decM_isZero = decA_isZero | decB_isZero; // @[PositMultiplier.scala 72:32]
  assign grsTmp = frac[9:0]; // @[PositMultiplier.scala 75:30]
  assign _T_306 = grsTmp[9:8]; // @[PositMultiplier.scala 78:32]
  assign _T_307 = grsTmp[7:0]; // @[PositMultiplier.scala 78:48]
  assign _T_308 = _T_307 != 8'h0; // @[PositMultiplier.scala 78:52]
  assign _GEN_1 = _T_302[5:0]; // @[PositMultiplier.scala 60:23 PositMultiplier.scala 63:17]
  assign decM_scale = $signed(_GEN_1); // @[PositMultiplier.scala 60:23 PositMultiplier.scala 63:17]
  assign _T_311 = decM_scale[0]; // @[convert.scala 46:61]
  assign _T_312 = ~ _T_311; // @[convert.scala 46:52]
  assign _T_314 = decM_sign ? _T_312 : _T_311; // @[convert.scala 46:42]
  assign _T_315 = decM_scale[5:1]; // @[convert.scala 48:34]
  assign _T_316 = _T_315[4:4]; // @[convert.scala 49:36]
  assign _T_318 = ~ _T_315; // @[convert.scala 50:36]
  assign _T_319 = $signed(_T_318); // @[convert.scala 50:36]
  assign _T_320 = _T_316 ? $signed(_T_319) : $signed(_T_315); // @[convert.scala 50:28]
  assign _T_321 = _T_316 ^ decM_sign; // @[convert.scala 51:31]
  assign _T_322 = ~ _T_321; // @[convert.scala 52:43]
  assign _T_326 = {_T_322,_T_321,_T_314,decM_fraction,_T_306,_T_308}; // @[Cat.scala 29:58]
  assign _T_327 = $unsigned(_T_320); // @[Shift.scala 39:17]
  assign _T_328 = _T_327 < 5'hf; // @[Shift.scala 39:24]
  assign _T_329 = _T_320[3:0]; // @[Shift.scala 40:44]
  assign _T_330 = _T_326[14:8]; // @[Shift.scala 90:30]
  assign _T_331 = _T_326[7:0]; // @[Shift.scala 90:48]
  assign _T_332 = _T_331 != 8'h0; // @[Shift.scala 90:57]
  assign _GEN_2 = {{6'd0}, _T_332}; // @[Shift.scala 90:39]
  assign _T_333 = _T_330 | _GEN_2; // @[Shift.scala 90:39]
  assign _T_334 = _T_329[3]; // @[Shift.scala 12:21]
  assign _T_335 = _T_326[14]; // @[Shift.scala 12:21]
  assign _T_337 = _T_335 ? 8'hff : 8'h0; // @[Bitwise.scala 71:12]
  assign _T_338 = {_T_337,_T_333}; // @[Cat.scala 29:58]
  assign _T_339 = _T_334 ? _T_338 : _T_326; // @[Shift.scala 91:22]
  assign _T_340 = _T_329[2:0]; // @[Shift.scala 92:77]
  assign _T_341 = _T_339[14:4]; // @[Shift.scala 90:30]
  assign _T_342 = _T_339[3:0]; // @[Shift.scala 90:48]
  assign _T_343 = _T_342 != 4'h0; // @[Shift.scala 90:57]
  assign _GEN_3 = {{10'd0}, _T_343}; // @[Shift.scala 90:39]
  assign _T_344 = _T_341 | _GEN_3; // @[Shift.scala 90:39]
  assign _T_345 = _T_340[2]; // @[Shift.scala 12:21]
  assign _T_346 = _T_339[14]; // @[Shift.scala 12:21]
  assign _T_348 = _T_346 ? 4'hf : 4'h0; // @[Bitwise.scala 71:12]
  assign _T_349 = {_T_348,_T_344}; // @[Cat.scala 29:58]
  assign _T_350 = _T_345 ? _T_349 : _T_339; // @[Shift.scala 91:22]
  assign _T_351 = _T_340[1:0]; // @[Shift.scala 92:77]
  assign _T_352 = _T_350[14:2]; // @[Shift.scala 90:30]
  assign _T_353 = _T_350[1:0]; // @[Shift.scala 90:48]
  assign _T_354 = _T_353 != 2'h0; // @[Shift.scala 90:57]
  assign _GEN_4 = {{12'd0}, _T_354}; // @[Shift.scala 90:39]
  assign _T_355 = _T_352 | _GEN_4; // @[Shift.scala 90:39]
  assign _T_356 = _T_351[1]; // @[Shift.scala 12:21]
  assign _T_357 = _T_350[14]; // @[Shift.scala 12:21]
  assign _T_359 = _T_357 ? 2'h3 : 2'h0; // @[Bitwise.scala 71:12]
  assign _T_360 = {_T_359,_T_355}; // @[Cat.scala 29:58]
  assign _T_361 = _T_356 ? _T_360 : _T_350; // @[Shift.scala 91:22]
  assign _T_362 = _T_351[0:0]; // @[Shift.scala 92:77]
  assign _T_363 = _T_361[14:1]; // @[Shift.scala 90:30]
  assign _T_364 = _T_361[0:0]; // @[Shift.scala 90:48]
  assign _GEN_5 = {{13'd0}, _T_364}; // @[Shift.scala 90:39]
  assign _T_366 = _T_363 | _GEN_5; // @[Shift.scala 90:39]
  assign _T_368 = _T_361[14]; // @[Shift.scala 12:21]
  assign _T_369 = {_T_368,_T_366}; // @[Cat.scala 29:58]
  assign _T_370 = _T_362 ? _T_369 : _T_361; // @[Shift.scala 91:22]
  assign _T_373 = _T_335 ? 15'h7fff : 15'h0; // @[Bitwise.scala 71:12]
  assign _T_374 = _T_328 ? _T_370 : _T_373; // @[Shift.scala 39:10]
  assign _T_375 = _T_374[3]; // @[convert.scala 55:31]
  assign _T_376 = _T_374[2]; // @[convert.scala 56:31]
  assign _T_377 = _T_374[1]; // @[convert.scala 57:31]
  assign _T_378 = _T_374[0]; // @[convert.scala 58:31]
  assign _T_379 = _T_374[14:3]; // @[convert.scala 59:69]
  assign _T_380 = _T_379 != 12'h0; // @[convert.scala 59:81]
  assign _T_381 = ~ _T_380; // @[convert.scala 59:50]
  assign _T_383 = _T_379 == 12'hfff; // @[convert.scala 60:81]
  assign _T_384 = _T_375 | _T_377; // @[convert.scala 61:44]
  assign _T_385 = _T_384 | _T_378; // @[convert.scala 61:52]
  assign _T_386 = _T_376 & _T_385; // @[convert.scala 61:36]
  assign _T_387 = ~ _T_383; // @[convert.scala 62:63]
  assign _T_388 = _T_387 & _T_386; // @[convert.scala 62:103]
  assign _T_389 = _T_381 | _T_388; // @[convert.scala 62:60]
  assign _GEN_6 = {{11'd0}, _T_389}; // @[convert.scala 63:56]
  assign _T_392 = _T_379 + _GEN_6; // @[convert.scala 63:56]
  assign _T_393 = {decM_sign,_T_392}; // @[Cat.scala 29:58]
  assign _T_395 = decM_isZero ? 13'h0 : _T_393; // @[Mux.scala 87:16]
  assign io_M = decM_isNaR ? 13'h1000 : _T_395; // @[PositMultiplier.scala 86:8]
endmodule